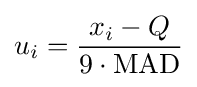
u_{i}={\frac {x_{i}-Q}{9\cdot {\rm {MAD}}}}